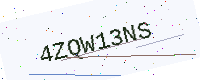
Text: 4ZQW13NS